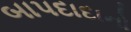
બાપદાદાનો